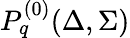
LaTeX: P_{q}^{(0)}(\Delta,\Sigma)